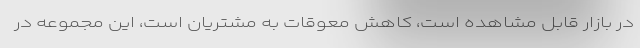
در بازار قابل مشاهده است، كاهش معوقات به مشتريان است، اين مجموعه در